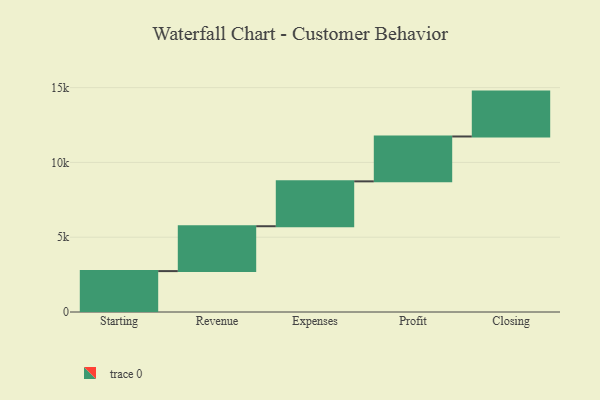
{"axis": {"x": "Step", "y": "Value"}, "legend": [""], "data": [{"x": "Starting", "y": 2734.0, "type": ""}, {"x": "Revenue", "y": 3000, "type": ""}, {"x": "Expenses", "y": 3000, "type": ""}, {"x": "Profit", "y": 3000, "type": ""}, {"x": "Closing", "y": 3000, "type": ""}]}